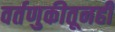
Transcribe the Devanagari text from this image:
वर्तणुकीतूनही